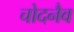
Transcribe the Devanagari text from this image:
चोदनैव